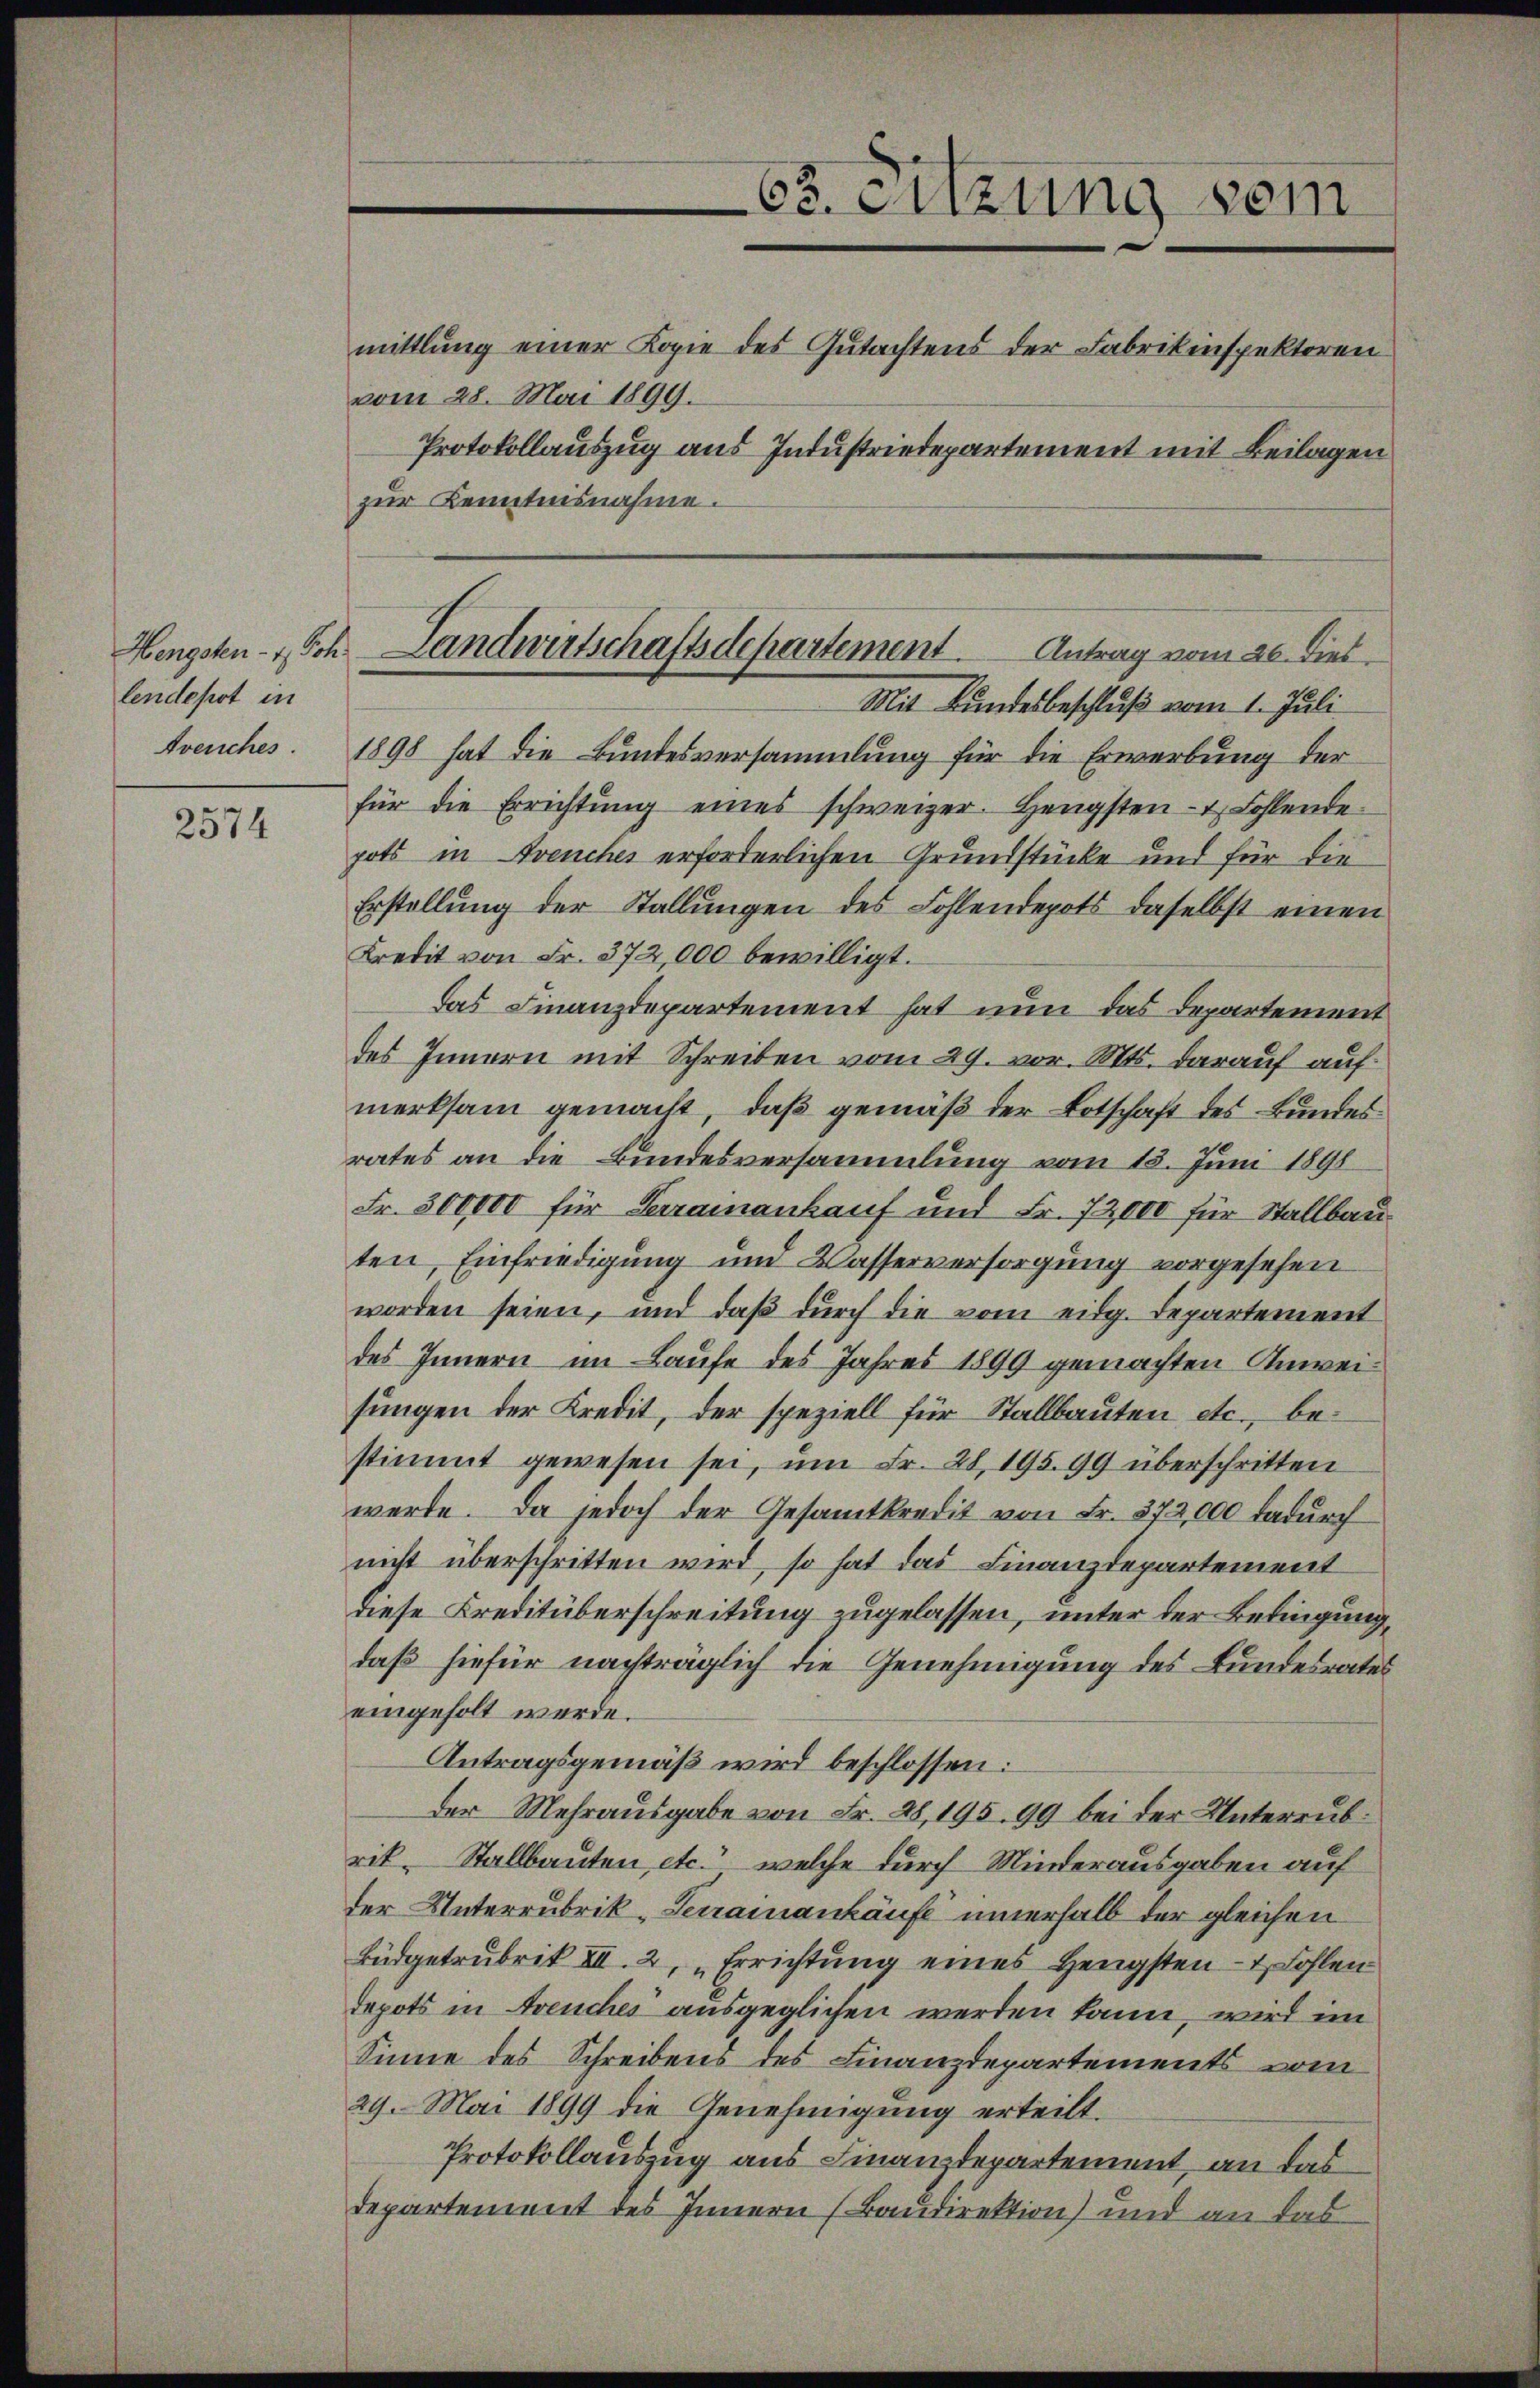
lendepot in
Avenches.

2574

vom 28. Mai 1899.
zur Kenntnisnahme.

62. Sitzung vom
mittlung einer Kopie des Gutachtens der Fabrikinspektoren
Protokollauszug aus Industriedepartement mit Beilagen

1898 hat die Bundesversammlung für die Erwerbung der
für die Errichtŭng eines schweizer. Hengsten- & Fohlende
pots in Avenches erforderlichen Grundstücke und für die
Erstellung der Stallungen des Fohlendepots daselbst einen
Kredit von Fr. 372,000 bewilligt.
das Finanzdepartement hat nun das Departement
des Innern mit Schreiben vom 29. vor. Mts. darauf auf
merksam gemacht, daß gemäß der Botschaft des Bundes
rates an die Bundesversammlung vom 13. Juni 1891
Fr. 300,000 für Terramankauf und Fr. 72,000 für Stallbauten, Einfriedigung und Wasserversorgung vorgesehen
worden seien, und daß durch die vom eidg. Departement
des Innern im Laufe des Jahres 1899 gemachten Anweisungen der Kredit, der speziell für Stallbauten etc., bestimmt gewesen sei, um Fr. 28, 195. 99 überschritten
werde. Da jedoch der Gesamtkredit von Fr. 372,000 dadurch
nicht überschritten wird, so hat das Finanzdepartement
diese Kreditüberschreitung zugelassen, unter der Bedingung,
daß hiefür nachträglich die Genehmigung des Bundesrates
eingeholt werde.
Antragsgemäß wird beschlossen:
der Mehrausgabe von Fr. 28, 195. 99 bei der Unterrubrik, Stallbauten, etc., welche durch Minderausgaben auf
der Unterrubrik-Seramankäufe innerhalb der gleichen
Büdgetrubrik III. 2, „Errichtung eines Hengsten- & Kohlen
Depots in Areuches ausgeglichen werden kann, wird im
Sinne des Schreibens des Finanzdepartements vom
29. Mai 1899 die Genehmigung erteilt.
Protokollauszug aus Finanzdepartement, an das
Departement des Innern (Baudirektion) und an das

Hengsten- & Sch. Landwirtschaftsdepartement. Antrag vom 20. Dieb
Mit Bundesbeschluß vom 1. Juli